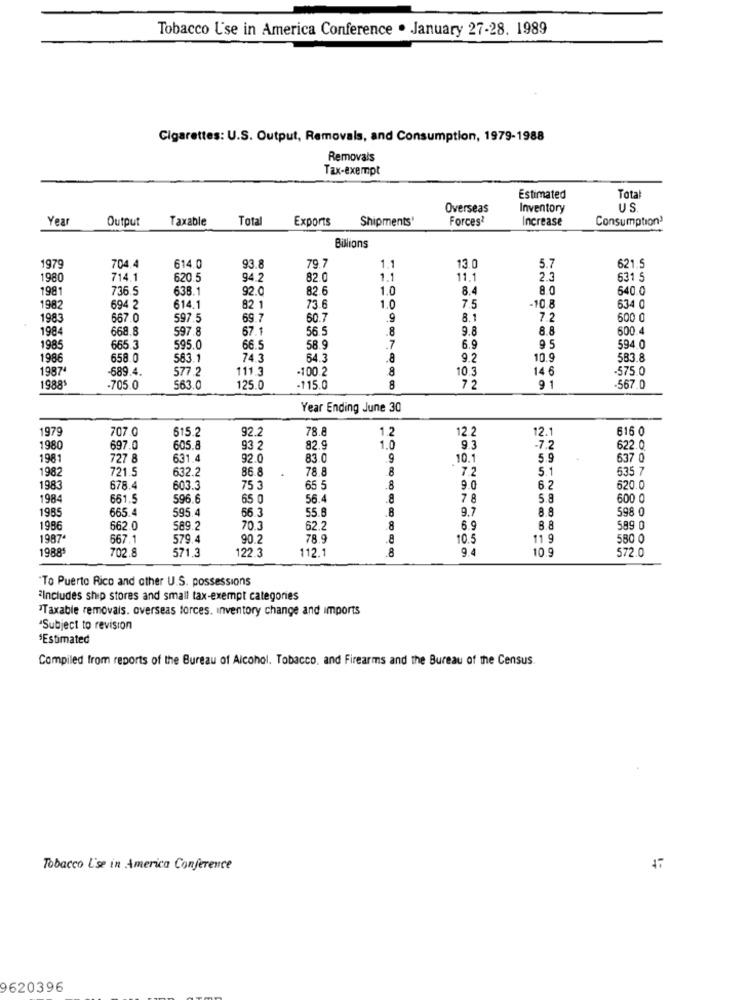
Tobacco Use in America Conference . January 27-28. 1989
Cigarettes: U.S. Output, Removals, and Consumption, 1979-1988
Removals
Tax-exempt
Estimated
Total
Overseas
Inventory
US
Yea
Output
Taxable
Total
Exports
Shipments'
Forces*
Increase
Consumption3
Billions
79.7
5.7
1979
704.4
614.0
93.8
1.1
13.0
621.5
1980
714.1
620.5
94.2
82.0
1.1
11.1
2.3
631 5
198
736.5
638.1
92.0
82.6
1.0
8.4
8.0
640.0
73.6
1.0
-10.8
1982
694 2
614.1
82 1
7.5
634 0
1983
667.0
597.5
69.7
60.7
.9
8.1
7.2
600 0
1984
668.8
597.8
67.1
56.5
.8
9.8
8.8
600.4
9 5
1985
665.3
595.0
66.5
58.9
.7
6.9
594.0
1986
658.0
583.1
74.3
64.3
.8
9.2
10.9
583.8
1987ª
-689.4.
577.2
111.3
-100.2
8
10.3
14 6
-575.0
19881
705.0
563.0
125.0
-115.0
8
72
91
-567.0
Year Ending June 30
1979
707.0
515.2
92.2
78.8
1.2
12.2
12.1
616 0
1980
697.0
605.8
93 2
82.9
1.0
9.3
-7.2
622.0
198
727 8
631.4
92.0
83.0
.9
10.
5.9
637 0
1982
86.8
.
78.8
.8
7.2
5.1
635 7
721.5
632.2
198
678.4
603.3
75 3
65 5
.8
9.0
6.2
620.0
1984
661.5
596.6
65 0
56.4
.8
7 8
5.8
600 0
198
665.4
595.4
66.3
55.8
.8
9.7
8.8
598 0
1986
662.0
589.2
70.3
62.2
.8
6.9
8.8
589 0
1987
667.1
579.4
90.2
78.9
.8
10.5
11 9
580 0
1988
702.8
571.3
122.3
112.1
8
10.9
572.0
To Puerto Rico and other U.S. possessions
2Includes ship stores and small tax-exempt categories
Taxable removals. overseas forces. inventory change and imports
Subject to revision
'Estimated
Compiled from reports of the Bureau of Alcohol, Tobacco. and Firearms and the Bureau of the Census.
Tobacco L'se in America Conference
9620396